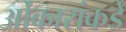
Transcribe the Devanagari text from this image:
ओंकारांकडे